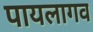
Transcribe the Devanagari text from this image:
पायलागव